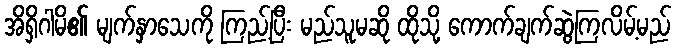
အိရှိဂါမိ၏ မျက်နှာသေကို ကြည့်ပြီး မည်သူမဆို ထိုသို့ ကောက်ချက်ဆွဲကြလိမ့်မည်